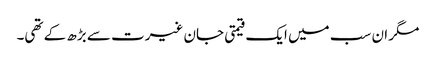
مگر ان سب میں ایک قیمتی جان غیرت سے بڑھ کے تھی۔